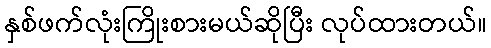
နှစ်ဖက်လုံးကြိုးစားမယ်ဆိုပြီး လုပ်ထားတယ်။